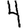
Digit: 4